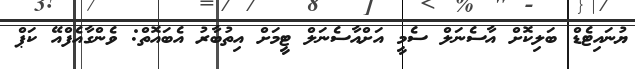
ޔުނައިޓެޑް ބަލިކޮށް އާސެނަލް ސެމީ އަށްއާސެނަލް ޓީމަށް އިތުބާރު އެބައޮތް: ވެންގާއެފްއޭ ކަޕް